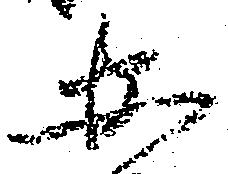
安